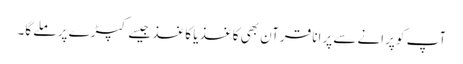
آپ کو پرانے سے پرانا قرآن بھی کاغذ یا کاغذ جیسے کپڑے پر ملے گا۔